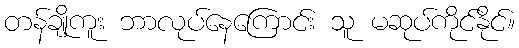
တန်ချိုကူး ဘာလုပ်နေကြောင်း သူ မဆုပ်ကိုင်နိုင်။